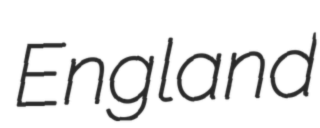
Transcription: England